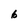
Character: 6